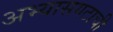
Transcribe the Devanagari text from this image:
अभ्यासगटाची